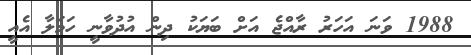
1988 ވަނަ އަހަރު ރާއްޖެ އަށް ބަޔަކު ދިން އުދުވާނީ ހަމަލާ އެއީ